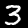
Digit: 3